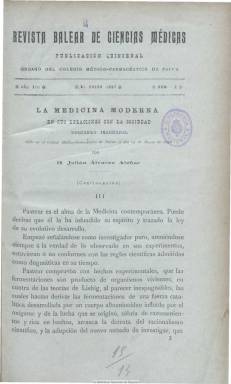
Título: Revista balear de ciencias médicas
Colección: Medicina
Ámbito geográfico: Baleares
Lugar de publicación: Palma de Mallorca
Fechas: 31/01/1897-30/12/1912

Es continuación de Revista balear de medicina, farmacia y veterinaria, que había comenzado a publicarse en enero de 1885, en números quincenales de 32 páginas y, también, como órgano oficial del Colegio Médico-Farmacéutico de Palma, constituido este en 1882, y cuyo primer director y fundador había sido Llorenç Muntaner Amengual (1820-1898). Con este nuevo título comienza a editarse en enero de 1888. La colección de la Biblioteca Nacional se inicia a partir del número 2, correspondiente al 31 de enero de 1897. Sus entregas continúan siendo quincenales, apareciendo los días 15 y último de cada mes, de 32 páginas y compuestas a una columna.

Está considerada como el esfuerzo médico científico más importante de la Mallorca decimonónica y de principios del siglo veinte, según la tesis que Gabriel Oliver Capo presentó en la Universidad de Zaragoza, en 1996, en la que realizó el análisis histórico de esta revista desde 1885 hasta 1912. Su labor científica había sido reconocida y premiada en la exposición anexa al IX Congreso Internacional de Higiene y Demografía (Madrid, 1898), y en un periodo posterior, debido a la importancia y el intercambio científico que había alcanzado, llegará a ser “revista decenal”, saliendo los días 10, 20 y 30 de cada mes, aunque con 24 o 16 páginas en cada entrega.

En 2011, el bibliotecario del Colegio Oficial de Médicos de Baleares, el doctor José Tomás Monserrat, presenta un estudio analítico de los también 38 años de su existencia y los 792 números publicados, desde 1885 a 1912. En su análisis divide los contenidos de la revista en las principales materias de las que trata: profesional, doctrinal, práctica clínica, revista de prensa, miscelánea, estadística demográfica-sanitaria, bibliografía, oficial, necrológicas, notas científicas y congresos.

Publicó los discursos de la inauguración de los años académicos, memorias, artículos clínicos, revistas bibliográficas, traducciones e, incluso, anuncios comerciales. Sus textos van a veces acompañados de ilustraciones (dibujos, figuras, etc.) y, aunque publicó estudios sobre las diversas especialidades, resaltan sus estudios de higiene y estadística demográfica-estadística y, en 1907, editará un número homenaje a Ramón y Cajal. Entre sus directores estuvieron Bartomeu Bordo y Gelabett (1831-1906), Enric Fajarnés Tur (1858-1934) y Pedro Jaume Matas, y contó con un comité de redacción, en el que se integraron destacados médicos, farmacéuticos y veterinarios mallorquines, así como con cuadros de redactores y de colaboradores. Publica índices de autores y materias.

La colección de la Biblioteca Nacional termina en el número 24, correspondiente al 30 de diciembre de 1912 y tomo 34, en el que se anuncia el cese de su publicación. Pudo tener una segunda época, como publicación mensual, desde 1916 hasta una nueva suspensión a finales de 1918. Desde octubre de 1915 a diciembre de 1918, Sebastián Villalonga Gelabert también dirigió en Palma la revista mensual de información médico-científica Gaceta médica balear, que forma también parte de la colección de la BNE. Un estudio de Díaz de Castro y Moll Blanes (1982) indica que pudo estar publicándose hasta 1936, pero no se dispone de más datos que aseguren esto último.